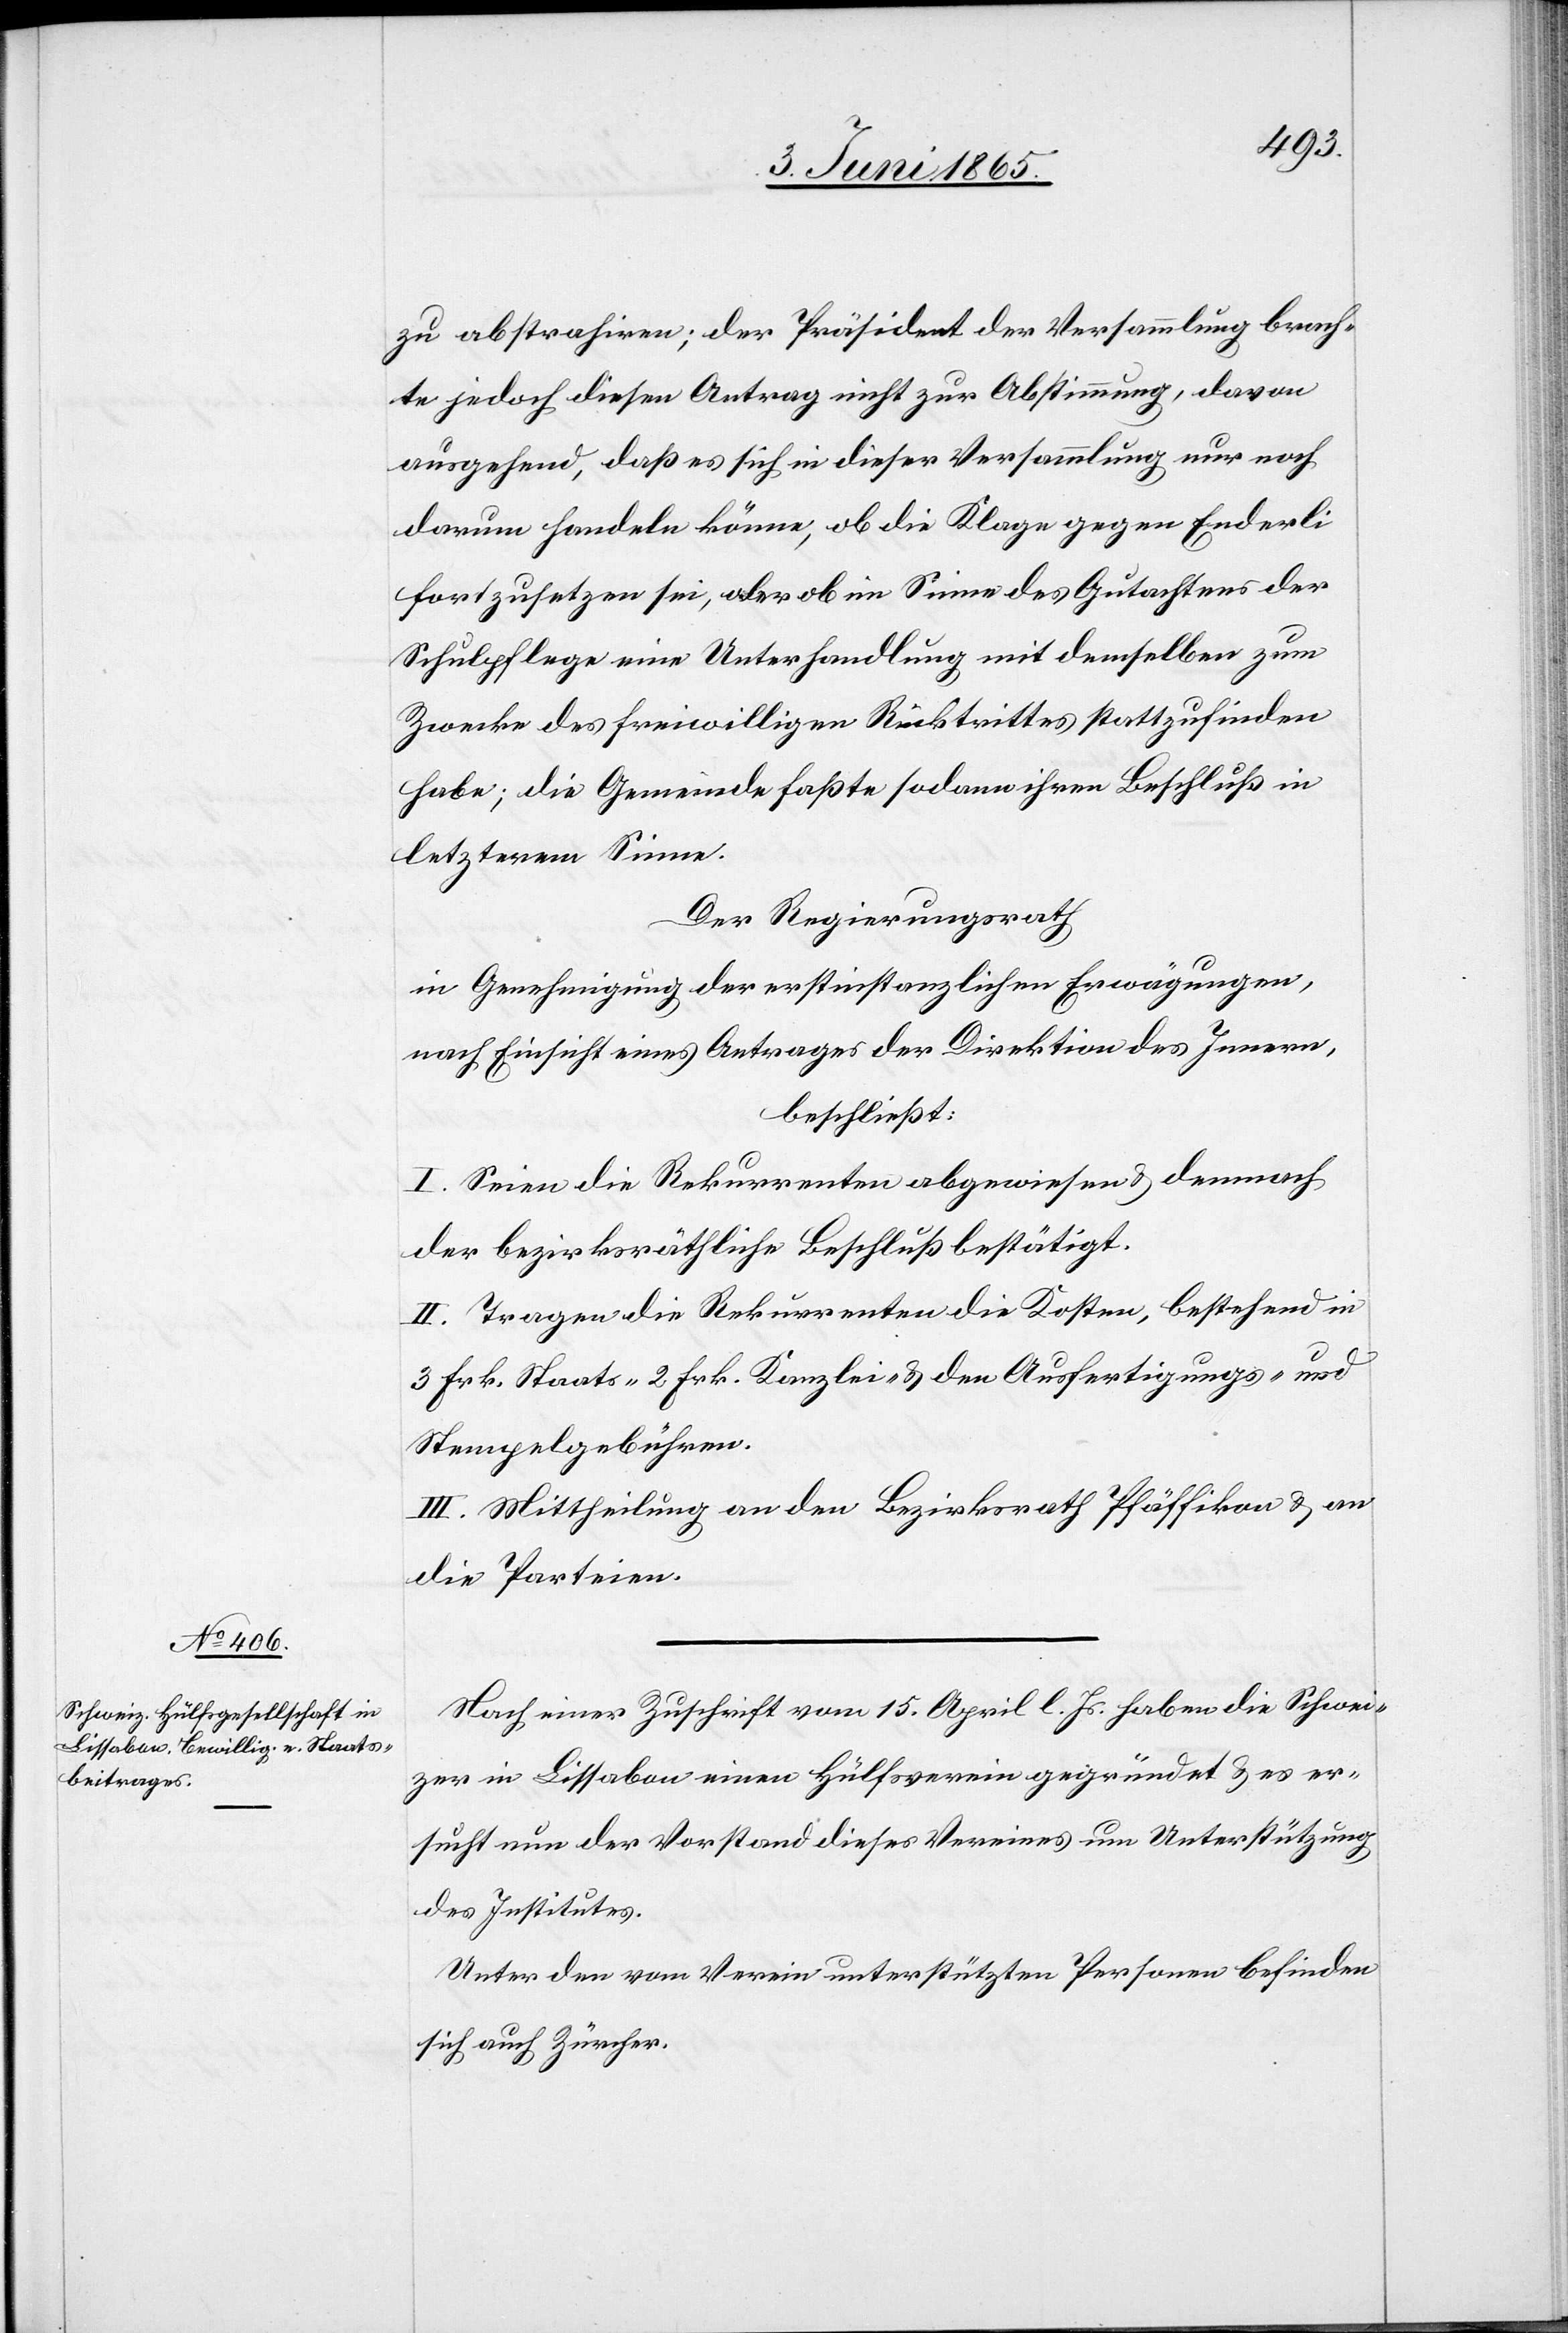
zu abstrahiren; der Präsident der Versammlung brach¬
te jedoch diesen Antrag nicht zur Abstimmung, davon
ausgehend, daß es sich in dieser Versammlung nur noch
darum handeln könne, ob die Klage gegen Enderli
fortzusetzen sei, oder ob im Sinne des Gutachtens der
Schulpflege eine Unterhandlung mit demselben zum
Zwecke des freiwilligen Rücktrittes stattzufinden
habe; die Gemeinde faßte sodann ihren Beschluß in
letzterem Sinne.
Der Regierungsrath
in Genehmigung der erstinstanzlichen Erwägungen,
nach Einsicht eines Antrages der Direktion des Innern,
beschließt:
I. Seien die Rekurrenten abgewiesen & demnach
der bezirksräthliche Beschluß bestätigt.
II. Tragen die Rekurrenten die Kosten, bestehend in
3 Frk. Staats-[,] 2 Frk. Kanzlei- & den Ausfertigungs- und
Stempelgebühren.
III. Mittheilung an den Bezirksrath Pfäffikon & an
die Parteien.
Nach einer Zuschrift vom 15. April l. Js. haben die Schwei¬
zer in Lissabon einen Hülfsverein gegründet & es er¬
sucht nun der Vorstand dieses Vereines um Unterstützung
des Institutes.
Unter den vom Verein unterstützten Personen befinden
sich auch Zürcher.